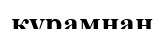
кұрамнан